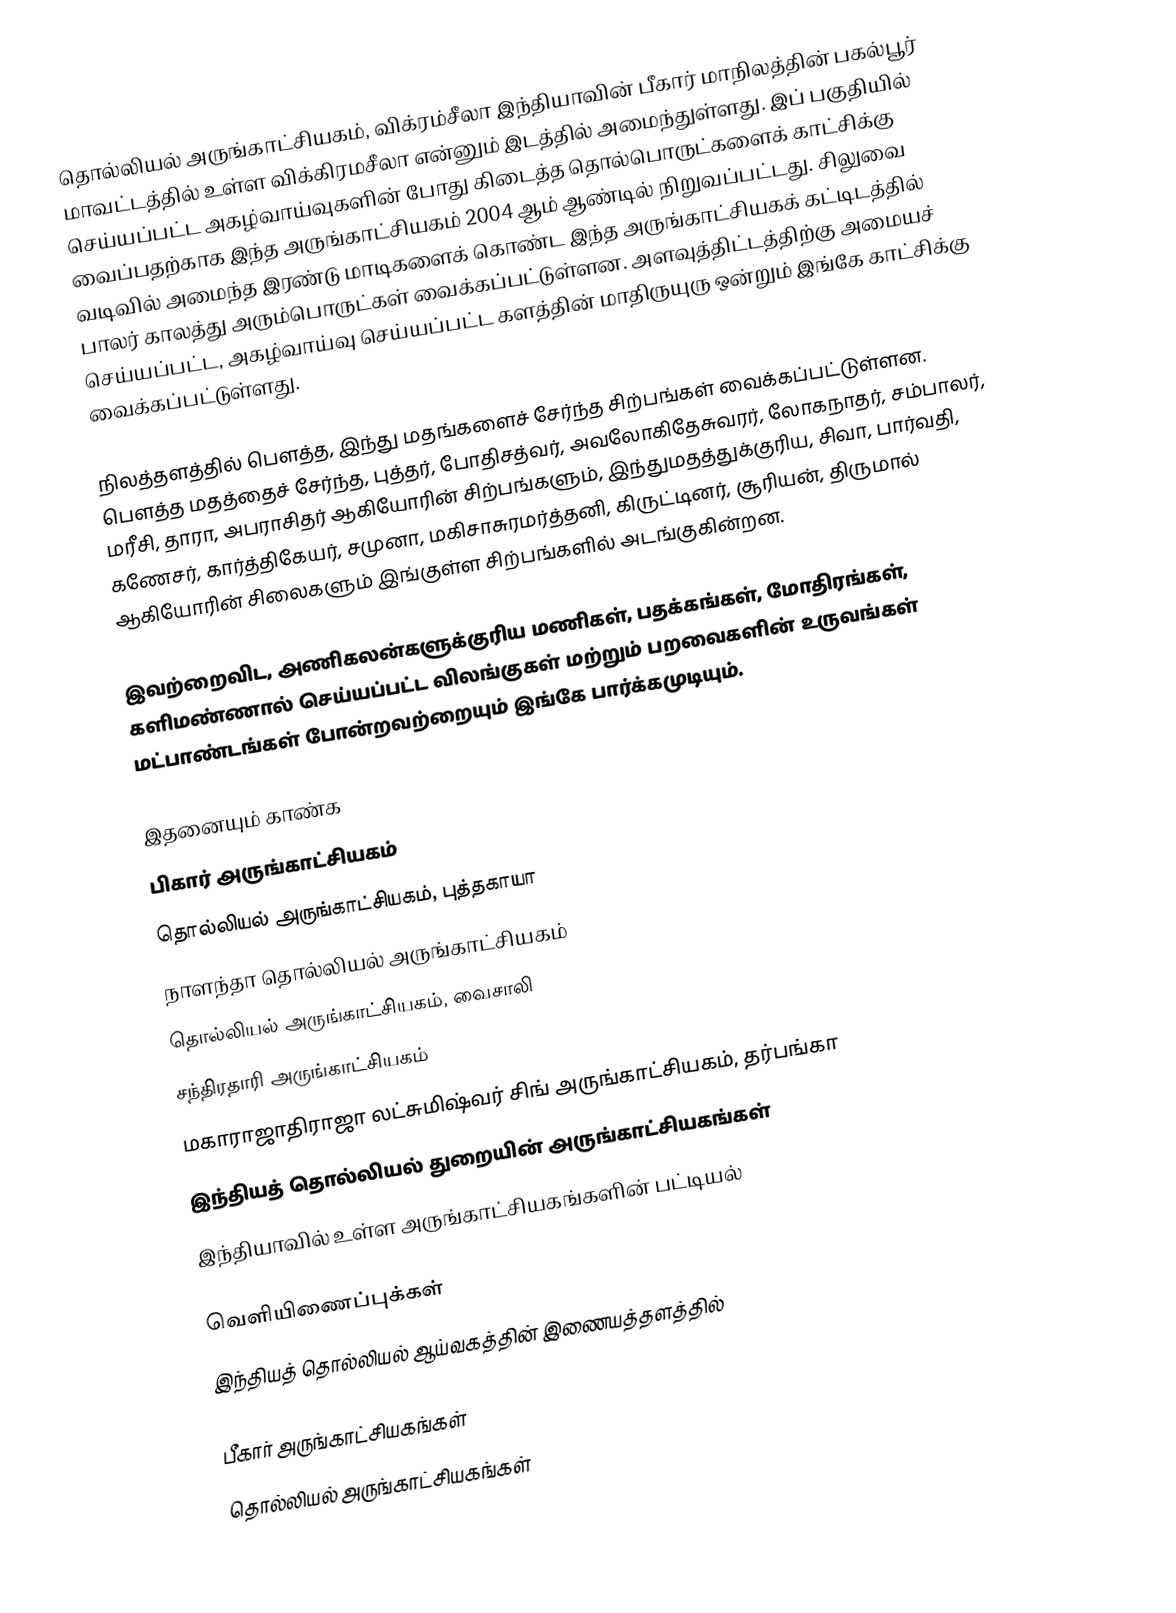
தொல்லியல் அருங்காட்சியகம், விக்ரம்சீலா இந்தியாவின் பீகார் மாநிலத்தின் பகல்பூர் மாவட்டத்தில் உள்ள விக்கிரமசீலா  என்னும் இடத்தில் அமைந்துள்ளது. இப் பகுதியில் செய்யப்பட்ட அகழ்வாய்வுகளின் போது கிடைத்த தொல்பொருட்களைக் காட்சிக்கு வைப்பதற்காக இந்த அருங்காட்சியகம் 2004 ஆம் ஆண்டில் நிறுவப்பட்டது. சிலுவை வடிவில் அமைந்த இரண்டு மாடிகளைக் கொண்ட இந்த அருங்காட்சியகக் கட்டிடத்தில் பாலர் காலத்து அரும்பொருட்கள் வைக்கப்பட்டுள்ளன. அளவுத்திட்டத்திற்கு அமையச் செய்யப்பட்ட, அகழ்வாய்வு செய்யப்பட்ட களத்தின் மாதிருயுரு ஒன்றும் இங்கே காட்சிக்கு வைக்கப்பட்டுள்ளது.

நிலத்தளத்தில் பௌத்த, இந்து மதங்களைச் சேர்ந்த சிற்பங்கள் வைக்கப்பட்டுள்ளன. பௌத்த மதத்தைச் சேர்ந்த, புத்தர், போதிசத்வர், அவலோகிதேசுவரர், லோகநாதர், சம்பாலர், மரீசி, தாரா, அபராசிதர் ஆகியோரின் சிற்பங்களும், இந்துமதத்துக்குரிய, சிவா, பார்வதி, கணேசர், கார்த்திகேயர், சமுனா, மகிசாசுரமர்த்தனி, கிருட்டினர், சூரியன், திருமால் ஆகியோரின் சிலைகளும் இங்குள்ள சிற்பங்களில் அடங்குகின்றன.

இவற்றைவிட, அணிகலன்களுக்குரிய மணிகள், பதக்கங்கள், மோதிரங்கள், களிமண்ணால் செய்யப்பட்ட விலங்குகள் மற்றும் பறவைகளின் உருவங்கள் மட்பாண்டங்கள் போன்றவற்றையும் இங்கே பார்க்கமுடியும்.

இதனையும் காண்க
 பிகார் அருங்காட்சியகம்
 தொல்லியல் அருங்காட்சியகம், புத்தகாயா
 நாளந்தா தொல்லியல் அருங்காட்சியகம்
 தொல்லியல் அருங்காட்சியகம், வைசாலி
 சந்திரதாரி அருங்காட்சியகம்
 மகாராஜாதிராஜா லட்சுமிஷ்வர் சிங் அருங்காட்சியகம், தர்பங்கா
 இந்தியத் தொல்லியல் துறையின் அருங்காட்சியகங்கள்
இந்தியாவில் உள்ள அருங்காட்சியகங்களின் பட்டியல்

வெளியிணைப்புக்கள்
 இந்தியத் தொல்லியல் ஆய்வகத்தின் இணையத்தளத்தில்

பீகார் அருங்காட்சியகங்கள்
தொல்லியல் அருங்காட்சியகங்கள்